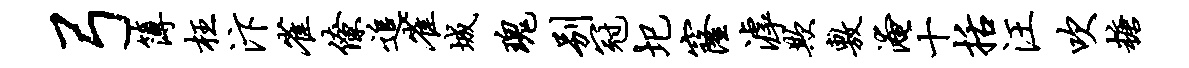
弓簿枉汴雀僚追雀城瑰别冠圯窿滹欺敷淹十括汪吹糖